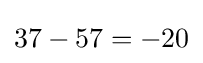
37-57=-20